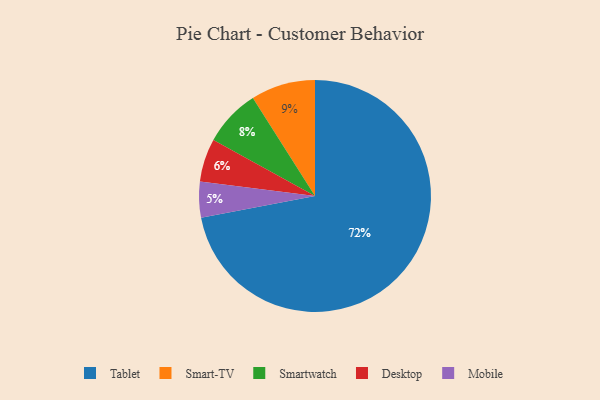
{"axis": {"x": "Category", "y": "Percentage"}, "legend": ["Desktop", "Mobile", "Smart-TV", "Smartwatch", "Tablet"], "data": [{"x": "Desktop", "y": 6, "type": "Desktop"}, {"x": "Smartwatch", "y": 8, "type": "Smartwatch"}, {"x": "Smart-TV", "y": 9, "type": "Smart-TV"}, {"x": "Tablet", "y": 72, "type": "Tablet"}, {"x": "Mobile", "y": 5, "type": "Mobile"}]}